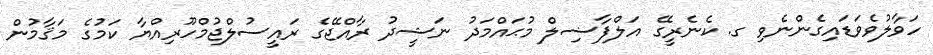
ހަވާލުވެވަޑައިގެންނެވި ގ. ކެނެރީގޭ އަލްފާޟިލް މުޙައްމަދު ނަޝީދު ރާއްޖޭގެ ރައީސުލްޖުމްހޫރިއްޔާ ކަމުގެ މަޤާމުން